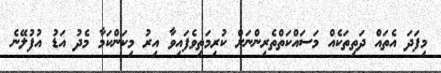
މިފަދަ އެތައް ދަތިތަކެއް މަސައްކަތްތެރިންނަށް ކުރިމަތިވެފައިވާ އިރު މިކަންކަމާ މެދު އަޑު އުފުލޭނެ